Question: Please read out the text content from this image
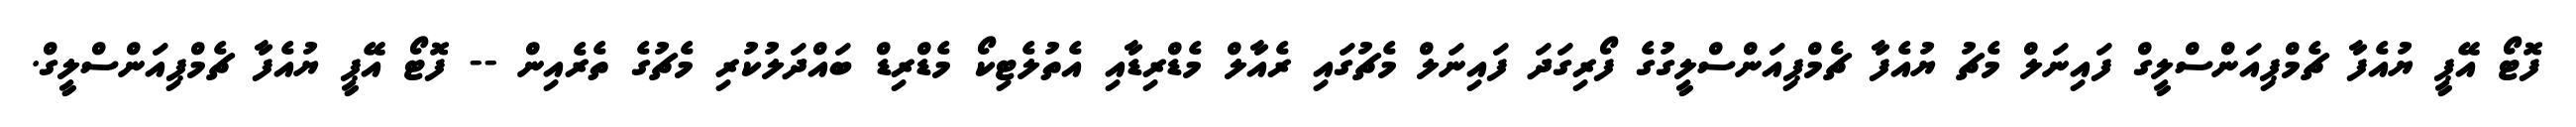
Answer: ފޮޓޯ އޭޕީ ޔުއެފާ ޗެމްޕިއަންސްލީގް ފައިނަލް މެޗު ޔުއެފާ ޗެމްޕިއަންސްލީގުގެ ފޯރިގަދަ ފައިނަލް މެޗުގައި ރެއާލް މެޑްރިޑާއި އެތުލެޓިކޯ މެޑްރިޑް ބައްދަލުކުރި މެޗުގެ ތެރެއިން -- ފޮޓޯ އޭޕީ ޔުއެފާ ޗެމްޕިއަންސްލީގް.